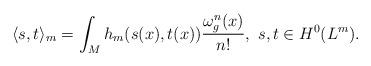
LaTeX: \begin{align*}\langle s, t \rangle_m =\int_Mh_m(s(x), t(x))\frac{\omega_g^n(x)}{n!}, \ s, t\in H^0(L^m).\end{align*}